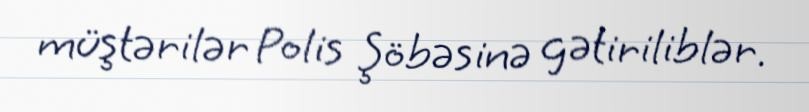
müştərilər Polis Şöbəsinə gətiriliblər.